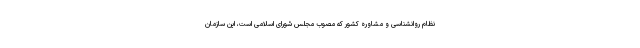
نظام روانشناسی و مشاوره کشور که مصوب مجلس شورای اسلامی است، این سازمان